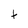
Character: t